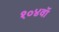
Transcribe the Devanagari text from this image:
१०४वॉ